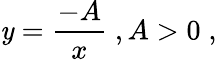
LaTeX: \mathit{y}={\frac{{-A}}{{x}}}\; ,A>0\; ,